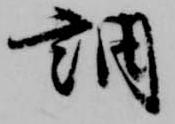
調